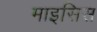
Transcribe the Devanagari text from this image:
माइसिस